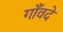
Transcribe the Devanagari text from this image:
गाँवदे